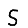
Digit: 5